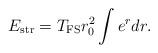
LaTeX: \begin{align*}E_{\rm str}=T_{\rm FS}r_0^2\int e^rdr.\end{align*}